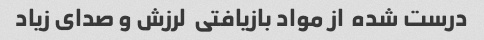
درست شده  از مواد بازیافتی  لرزش و صدای زیاد